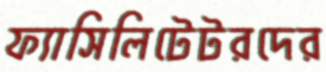
ফ্যাসিলিটেটরদের